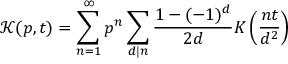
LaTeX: \mathcal { K } ( p , t ) = \sum _ { n = 1 } ^ { \infty } p ^ { n } \sum _ { d | n } \frac { 1 - ( - 1 ) ^ { d } } { 2 d } K \left( \frac { n t } { d ^ { 2 } } \right)